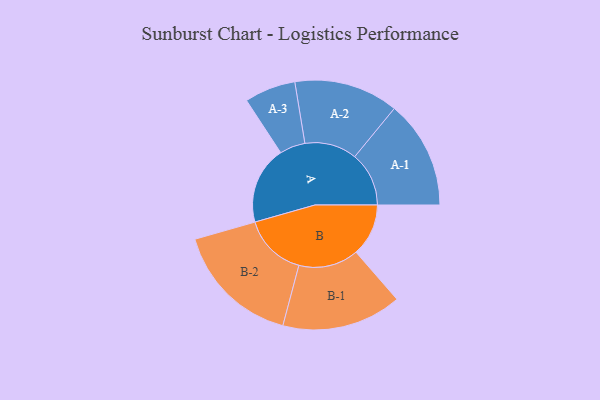
{"axis": {"x": "Segment", "y": "Value"}, "legend": ["", "A", "B"], "data": [{"x": "A", "y": 313, "type": ""}, {"x": "B", "y": 211, "type": ""}, {"x": "A-1", "y": 218, "type": "A"}, {"x": "A-2", "y": 210, "type": "A"}, {"x": "A-3", "y": 103, "type": "A"}, {"x": "B-1", "y": 241, "type": "B"}, {"x": "B-2", "y": 255, "type": "B"}]}